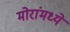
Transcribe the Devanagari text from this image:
मोरांमध्ये